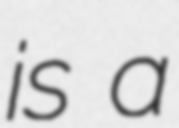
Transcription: is a